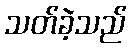
သတ်ခဲ့သည်